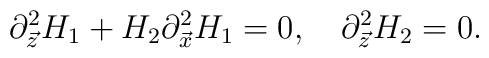
\partial^{2}_{\vec{z}}H_{1}+H_{2}\partial^{2}_{\vec{x}}H_{1}=0, \ \ \ \partial^2_{\vec{z}}H_2=0.